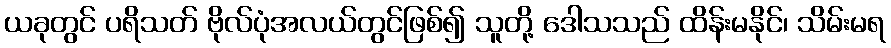
ယခုတွင် ပရိသတ် ဗိုလ်ပုံအလယ်တွင်ဖြစ်၍ သူတို့ ဒေါသသည် ထိန်းမနိုင်၊ သိမ်းမရ